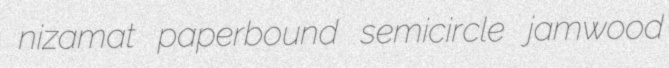
nizamat paperbound semicircle jamwood